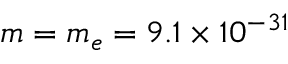
m = m _ { e } = 9 . 1 \times 1 0 ^ { - 3 1 }